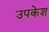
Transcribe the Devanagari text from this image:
उपकेश